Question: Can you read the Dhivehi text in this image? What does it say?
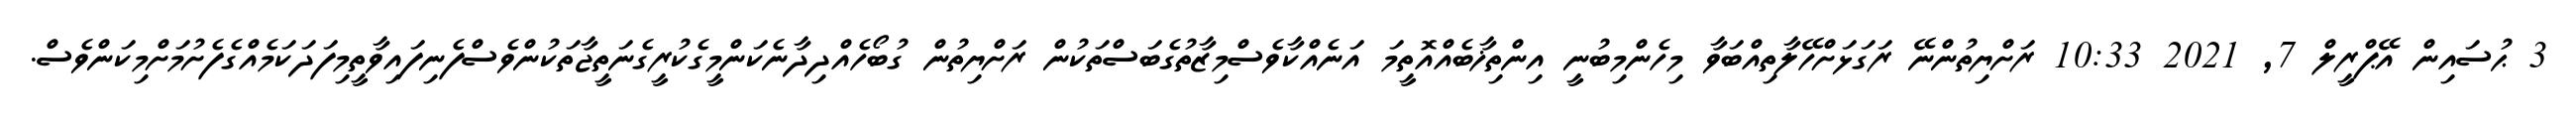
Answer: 3 ޙުސައިން އޭޕްރީލް 7, 2021 10:33 ރަށްޔިތުންނޭ ރަގަޅަށްހޭލާތިއްބަވާ މިހެންމިބުނީ އިންތިޚާބެއްއޮތީމަ އަނެއްކާވެސްމިޒާތުގެބަސްތަކުން ރަށްޔިތުން ގުބޯހެއްދިދާނެކަންމީގެކުރީގެނަތީޖާތަކުންވެސްފެނިފައިވާތީމިފަދަކަމެއްގެފެށުމަށްމިކަންވެސް.